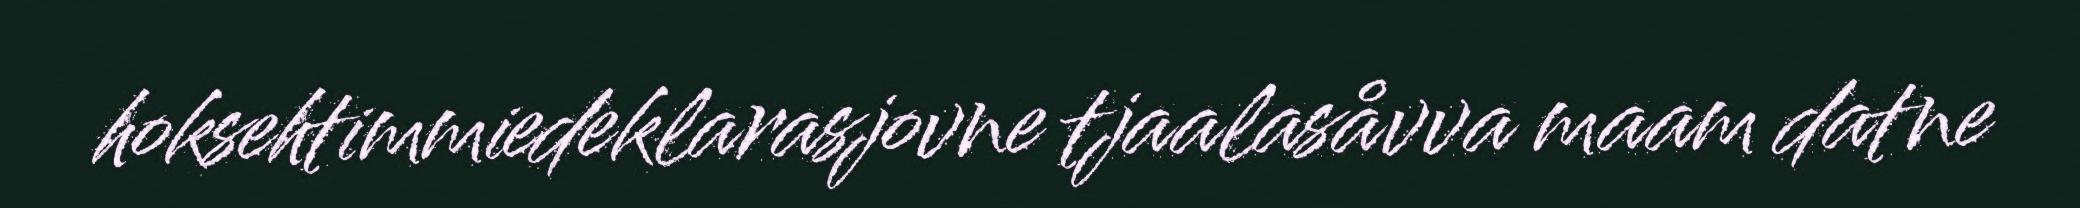
hoksehtimmiedeklarasjovne tjaalasåvva maam datne